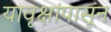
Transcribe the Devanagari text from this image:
यावृक्षांपासून